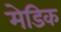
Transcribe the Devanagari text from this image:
मेडिक